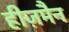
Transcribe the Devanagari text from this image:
हीज़मैन